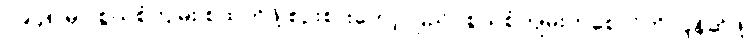
၁၉၄၈ မှာ စွယ်စုံကျမ်း စထုတ်ဖို့ စဉ်းစားတော့ ပြည်ပစွယ်စုံကျမ်းတစောင်ကို ပြန်ဆိုဖို့